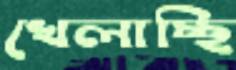
খেলাচ্ছি